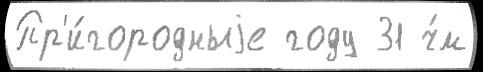
Пр'и́городныjе году 31 ч́м